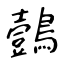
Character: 鷧